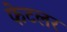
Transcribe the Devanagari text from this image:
फेटलर